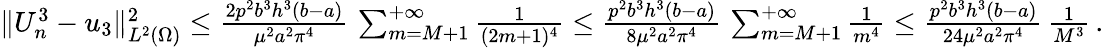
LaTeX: \begin{array}{r}{\| U_{n}^{3}-u_{3}\| _{L^{2}(\Omega)}^{2}\le\frac{2p^{2}b^{3}h^{3}(b-a)}{\mu^{2}a^{2}\pi^{4}}\, \sum_{m=M+1}^{+\infty}\frac{1}{(2m+1)^{4}}\le\frac{p^{2}b^{3}h^{3}(b-a)}{8\mu^{2}a^{2}\pi^{4}}\, \sum_{m=M+1}^{+\infty}\frac{1}{m^{4}}\le\frac{p^{2}b^{3}h^{3}(b-a)}{24\mu^{2}a^{2}\pi^{4}}\, \frac{1}{M^{3}}\, .}\end{array}